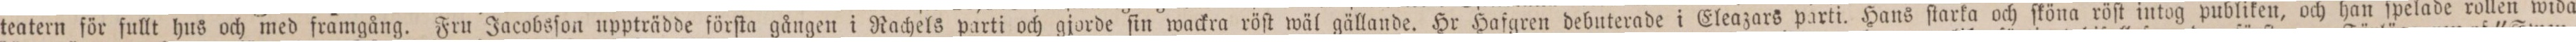
teatern för fullt hus och med framgång. Fru Jacobsſon uppträdde förſta gången i Rachels parti och gjorde ſin wackra röſt wäl gällande. Hr Hafgren debuterade i Eleazars parti. Hans ſtarka och ſköna röſt intog publiken, och han ſpelade rollen wida